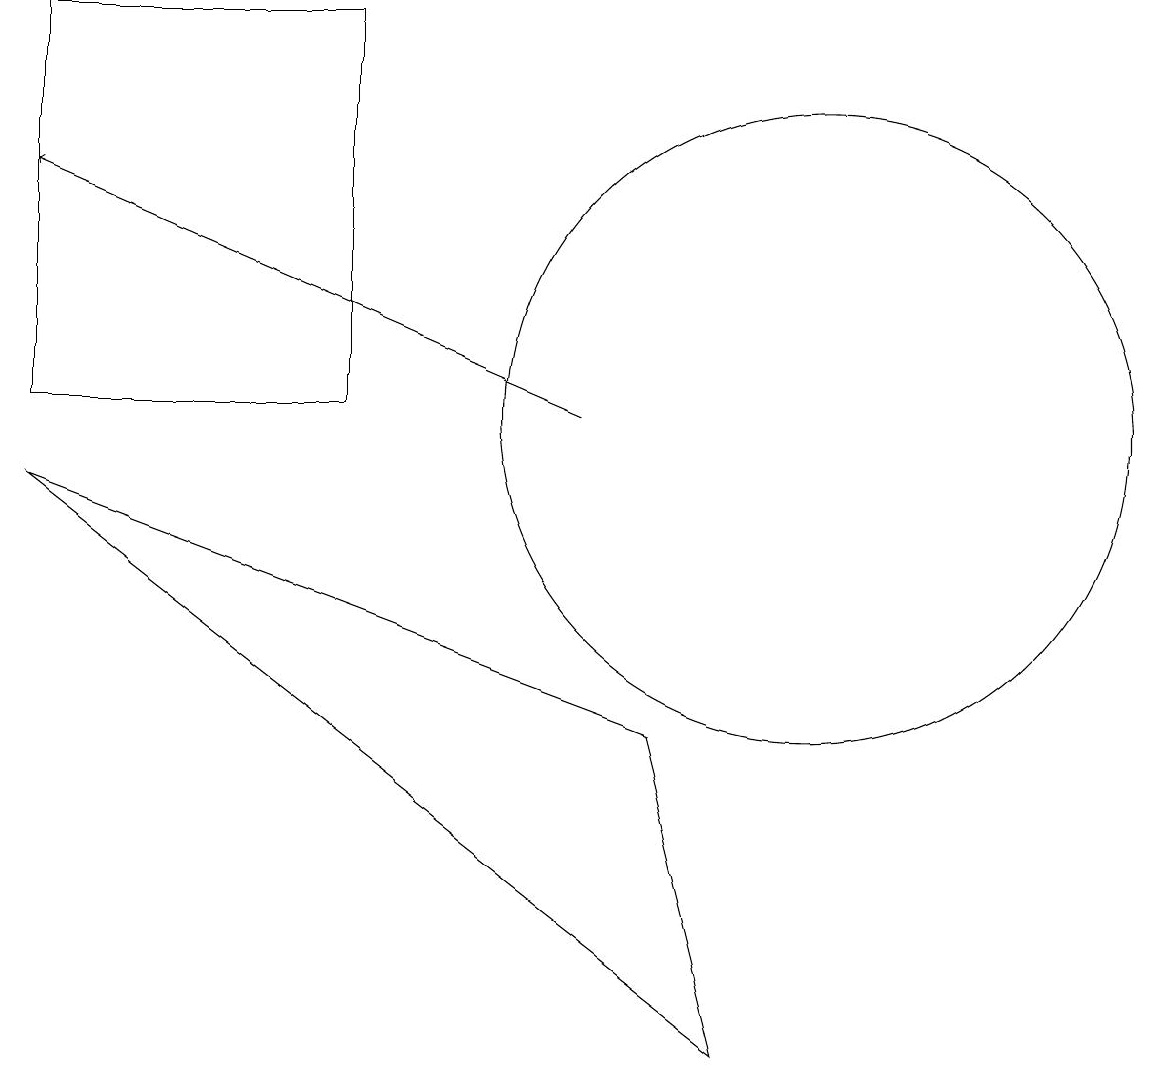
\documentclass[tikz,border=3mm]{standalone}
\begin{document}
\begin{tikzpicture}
\draw (0,9) -- (9,2) -- (8,6) -- cycle;
\draw (0,10) rectangle (4,15);
\draw[->] (7,10) -- (0,13);
\draw (10,12) circle (0);
\draw (10,10) circle (4);
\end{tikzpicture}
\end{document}